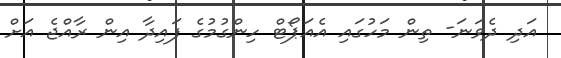
އަދި ދެވަނަ- ތިން މަހުގައި އެއަޕޯޓް ހިންގުމުގެ ފައިދާ އިން ރާއްޖެ އަށް